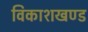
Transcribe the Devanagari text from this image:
विकाशखण्ड